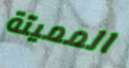
المميتة